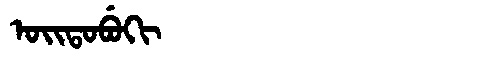
Manchu: ᠣᡳᡨᠣᠪᡠᡴᡳ
Romanization: OITOBUKI